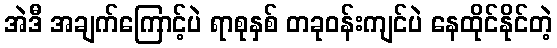
အဲဒီ အချက်ကြောင့်ပဲ ရာစုနှစ် တခုဝန်းကျင်ပဲ နေထိုင်နိုင်တဲ့